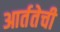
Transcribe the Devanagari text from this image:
आर्ततेची